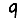
Digit: 9